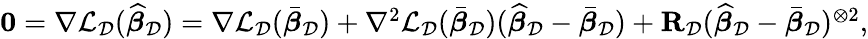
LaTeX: \begin{array}{r}{\mathbf 0=\nabla\mathcal{L}_{\mathcal{D}}(\widehat{{\boldsymbol\beta}}_{\mathcal{D}})=\nabla\mathcal{L}_{\mathcal{D}}(\bar{{\boldsymbol\beta}}_{\mathcal{D}})+\nabla^{2}\mathcal{L}_{\mathcal{D}}(\bar{{\boldsymbol\beta}}_{\mathcal{D}})(\widehat{{\boldsymbol\beta}}_{\mathcal{D}}-\bar{{\boldsymbol\beta}}_{\mathcal{D}})+\mathbf{R}_{\mathcal{D}}(\widehat{{\boldsymbol\beta}}_{\mathcal{D}}-\bar{{\boldsymbol\beta}}_{\mathcal{D}})^{\otimes 2},}\end{array}